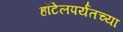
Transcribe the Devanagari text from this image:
हॉटेलपर्यंतच्या